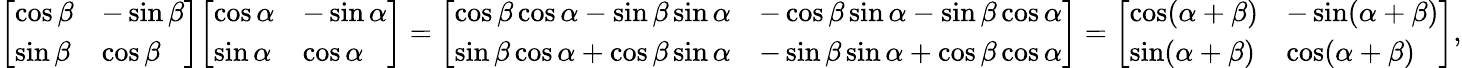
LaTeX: {\left[\begin{array}{ll}{\cos\beta}&{-\sin\beta}\\ {\sin\beta}&{\cos\beta}\end{array}\right]}{\left[\begin{array}{ll}{\cos\alpha}&{-\sin\alpha}\\ {\sin\alpha}&{\cos\alpha}\end{array}\right]}={\left[\begin{array}{ll}{\cos\beta\cos\alpha-\sin\beta\sin\alpha}&{-\cos\beta\sin\alpha-\sin\beta\cos\alpha}\\ {\sin\beta\cos\alpha+\cos\beta\sin\alpha}&{-\sin\beta\sin\alpha+\cos\beta\cos\alpha}\end{array}\right]}={\left[\begin{array}{ll}{\cos(\alpha+\beta)}&{-\sin(\alpha+\beta)}\\ {\sin(\alpha+\beta)}&{\cos(\alpha+\beta)}\end{array}\right]},